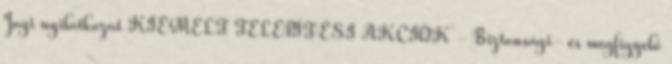
Jogi nyilatkozat KIEMELT TELEPÍTÉSI AKCIÓK - Biztonsági- és megfigyelő